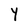
Character: Y